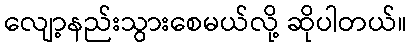
လျော့နည်းသွားစေမယ်လို့ ဆိုပါတယ်။